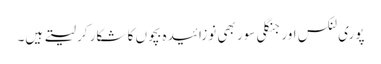
پوری لنکس اور جنگلی سور بھی نوزائیدہ بچوں کا شکار کر لیتے ہیں۔